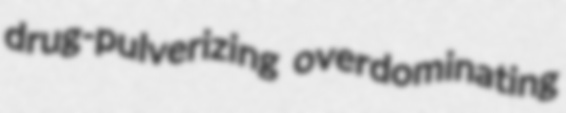
drug-pulverizing overdominating